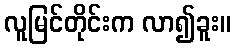
လူမြင်တိုင်းက လာ၍ခူး။